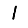
Digit: 1